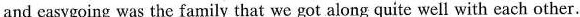
and easygoing was the family that we got along quite well with each other.